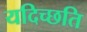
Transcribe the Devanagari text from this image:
यदिच्छति